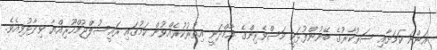
އަންނަ ކަމަށާއި ސަރުކާރުގެ ބޭނުންފުޅަކީ މަސްވެރިންގެ އާމްދަނީ އިތުރުކުރެއްވުން ކަމުގައި ރައީސުލްޖުމްހޫރިއްޔާ ވިދާޅުވިއެވެ.